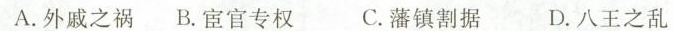
A.外戚之祸 B.宦官专权 C.藩镇割据 D.八王之乱